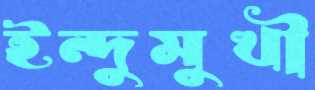
ইন্দুমুখী